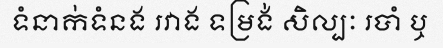
ទំនាក់ទំនង រវាង ទម្រង់ សិល្បៈ របាំ ឬ